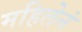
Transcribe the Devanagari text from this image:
महिलेनं